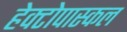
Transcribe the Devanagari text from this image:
हेक्टोपास्कल